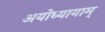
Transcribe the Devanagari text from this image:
अयोध्यायाम्